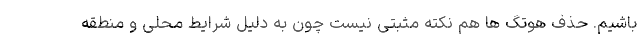
باشیم. حذف هوتگ ها هم نکته مثبتی نیست چون به دلیل شرایط محلی و منطقه